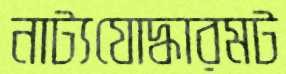
নাট্যযোদ্ধারমট